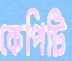
কেপিটি